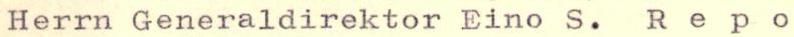
Herrn Generaldirektor Eino S. Repo